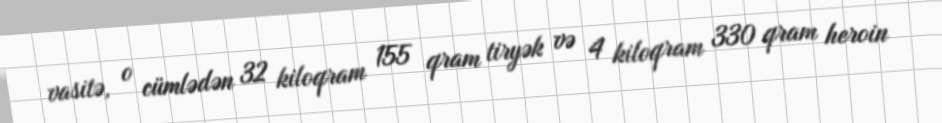
vasitə, o cümlədən 32 kiloqram 155 qram tiryək və 4 kiloqram 330 qram heroin